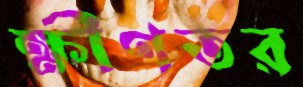
ক্ষীণতর